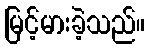
မြင့်မားခဲ့သည်။